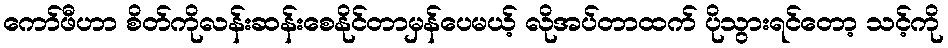
ကော်ဖီဟာ စိတ်ကိုလန်းဆန်းစေနိုင်တာမှန်ပေမယ့် လိုအပ်တာထက် ပိုသွားရင်တော့ သင့်ကို